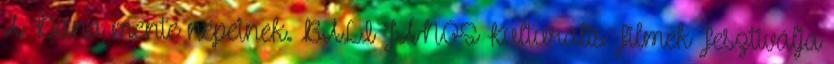
A Duna mente népeinek. BALI JÁNOS Kulturális Filmek Fesztiválja